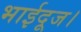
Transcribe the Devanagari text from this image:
भाईदूज।